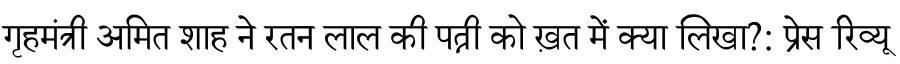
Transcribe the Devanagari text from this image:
गृहमंत्री अमित शाह ने रतन लाल की पत्नी को ख़त में क्या लिखा?: प्रेस रिव्यू